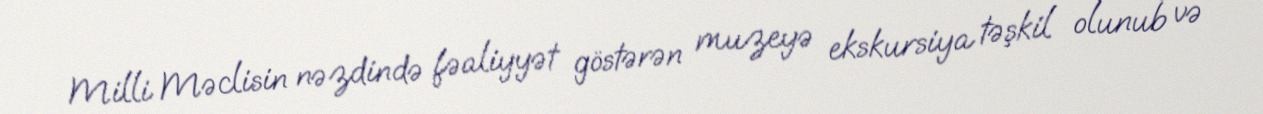
Milli Məclisin nəzdində fəaliyyət göstərən muzeyə ekskursiya təşkil olunub və